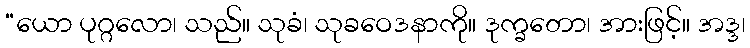
“ယော ပုဂ္ဂလော၊ သည်။ သုခံ၊ သုခဝေဒနာကို။ ဒုက္ခတော၊ အားဖြင့်။ အဒ္ဒ၊